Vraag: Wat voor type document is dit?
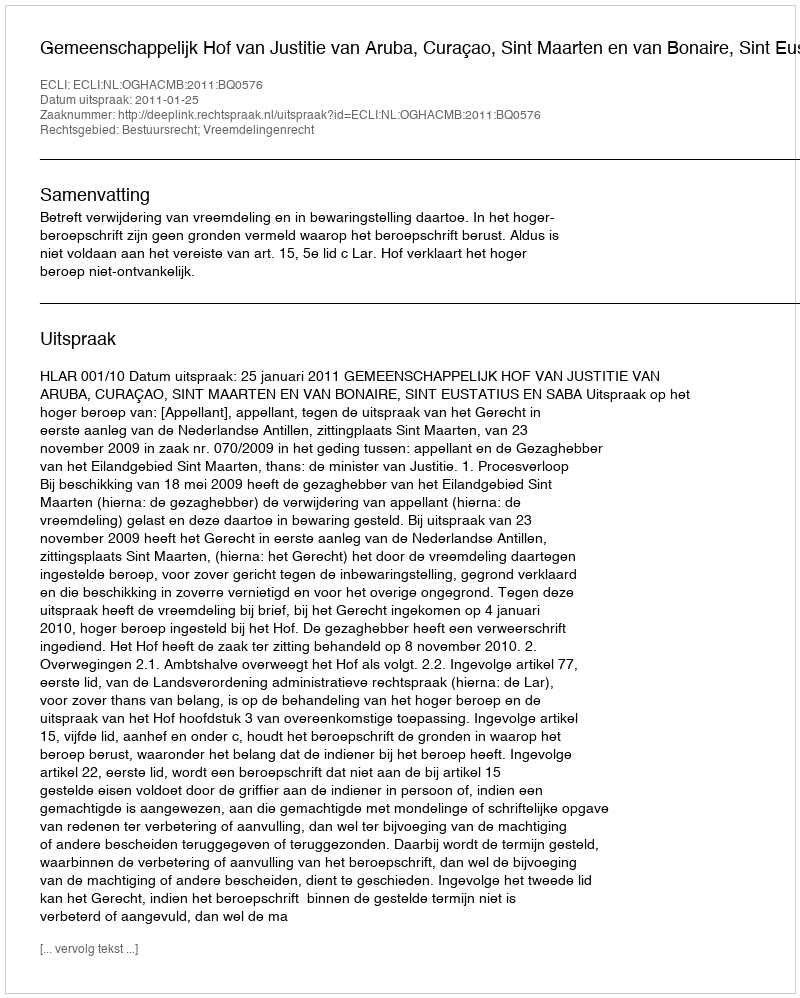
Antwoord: Uitspraak